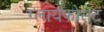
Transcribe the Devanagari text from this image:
ग्लायफोसेट